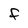
Character: F